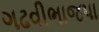
ગઢવીભાજપા